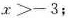
x>-3；